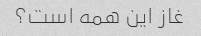
غاز این همه است؟